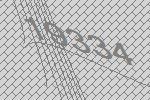
19334